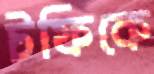
টফিকে